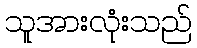
သူအားလုံးသည်